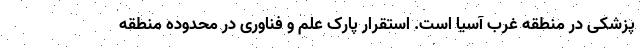
پزشکی در منطقه غرب آسیا است. استقرار پارک علم و فناوری در محدوده منطقه